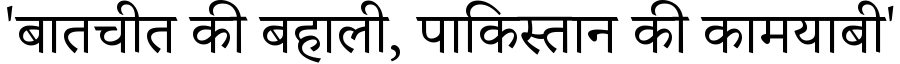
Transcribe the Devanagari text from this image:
'बातचीत की बहाली, पाकिस्तान की कामयाबी'